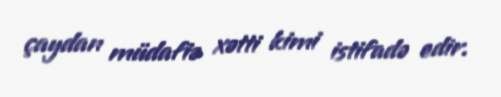
çaydan müdafiə xətti kimi istifadə edir.